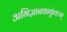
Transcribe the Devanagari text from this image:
अभिज्ञानशाकुंतलम्‌